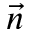
\vec { n }